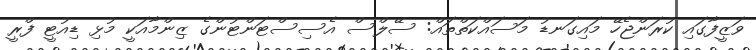
ވަޒީފާގައި ކުރަންޖެހޭ މައިގަނޑު މަސައްކަތްތައް: ސޭލްސް އެސިސްޓަންޓުންގެ ޒިންމާއަކީ މުޅި ޑިއުޓީ ފްރީ